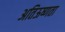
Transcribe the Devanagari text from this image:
अतिऊष्णता